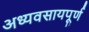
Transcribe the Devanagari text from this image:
अध्यवसायपूर्ण